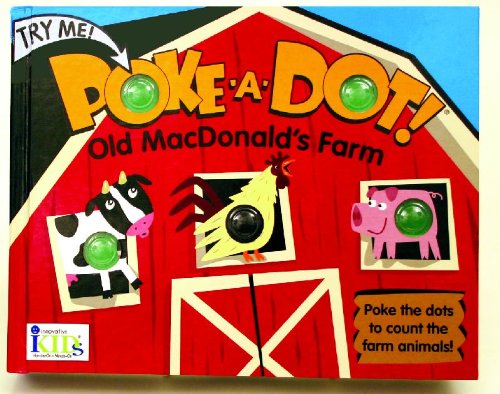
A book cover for OLD MACDONALD'S FARM (Poke-A-Dot!); IKids; Children's Books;